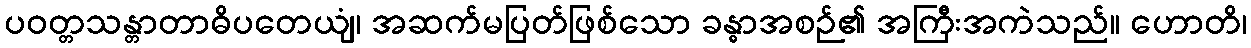
ပဝတ္တသန္တာတာဓိပတေယျံ၊ အဆက်မပြတ်ဖြစ်သော ခန္ဓာအစဉ်၏ အကြီးအကဲသည်။ ဟောတိ၊